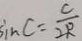
\sin C = \frac { c } { 2 R }